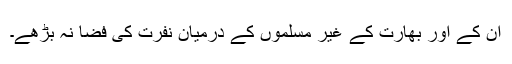
ان کے اور بھارت کے غیر مسلموں کے درمیان نفرت کی فضا نہ بڑھے۔